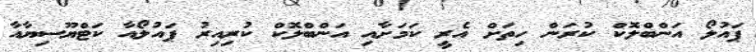
ޕައުލޯ އަންބްލޮކް ކުރަން ހިތަށް އެރީ ކަމަށާއި އަންބްލޮކް ކުރިއިރު ޕައުލޯއާ ކަޓްޔޫސިޔާއާ